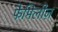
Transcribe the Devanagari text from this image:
फैमिलीज़